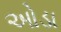
ઓડા